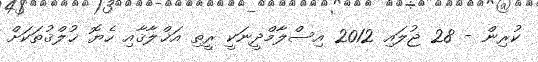
ކުރިން - 28 ޖުލައި 2012 އިސްލާމްދީނަކީ ރީތި އަޚްލާޤާއި ހެޔޮ ޚުލްޤުތަކަށް